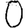
Digit: 0